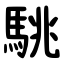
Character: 駣